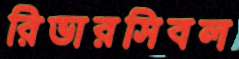
রিভারসিবল